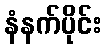
နံနက်ပိုင်း